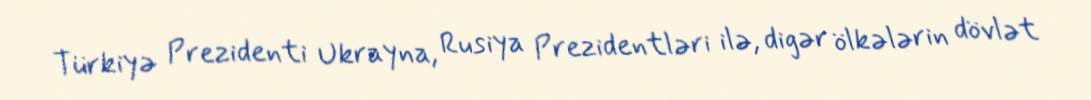
Türkiyə Prezidenti Ukrayna, Rusiya Prezidentləri ilə, digər ölkələrin dövlət